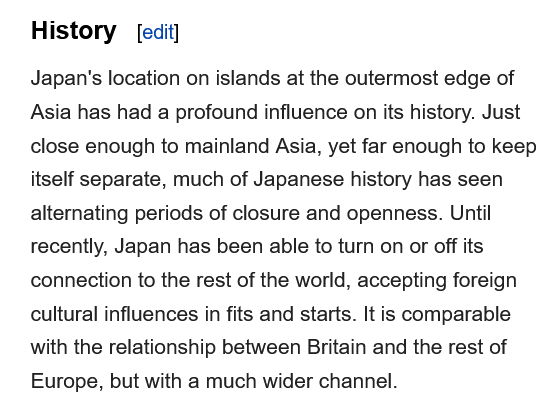
History
    Japan's location on islands at the outermost edge of
    Asia has had a profound influence on its history. Just
    close enough to mainland Asia, yet far enough to keep
    itself separate, much of Japanese history has seen
    alternating periods of closure and openness. Until
    recently, Japan has been able to turn on or off its
    connection to the rest of the world, accepting foreign
    cultural influences in fits and starts. It is comparable
    with the relationship between Britain and the rest of
    Europe, but with a much wider channel.
     [edit]